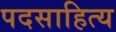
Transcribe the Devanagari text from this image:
पदसाहित्य